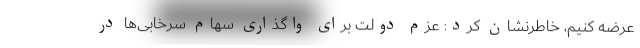
عرضه کنیم، خاطر‌نشان کرد: عزم دولت برای واگذاری سهام سرخابی‌ها در